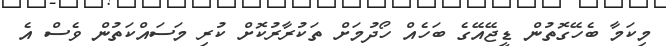
މިކަމާ ބެހޭގޮތުން ޑީޖޭއޭގެ ބަހެއް ހޯދުމަށް ތަކުރާރުކޮށް ކުރި މަސައްކަތުން ވެސް އެ